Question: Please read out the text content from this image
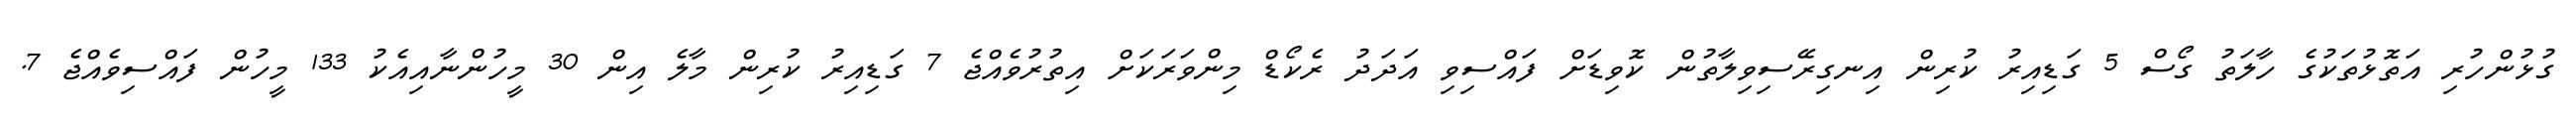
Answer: ގުޅުންހުރި އަތޮޅުތަކުގެ ހާލަތު ގޯސް 5 ގަޑިއިރު ކުރިން އިނގިރޭސިވިލާތުން ކޮވިޑަށް ފައްސިވި އަދަދު ރެކޯޑް މިންވަރަކަށް އިތުރުވެއްޖެ 7 ގަޑިއިރު ކުރިން މާލެ އިން 30 މީހުންނާއިއެކު 133 މީހުން ފައްސިވެއްޖެ 7.